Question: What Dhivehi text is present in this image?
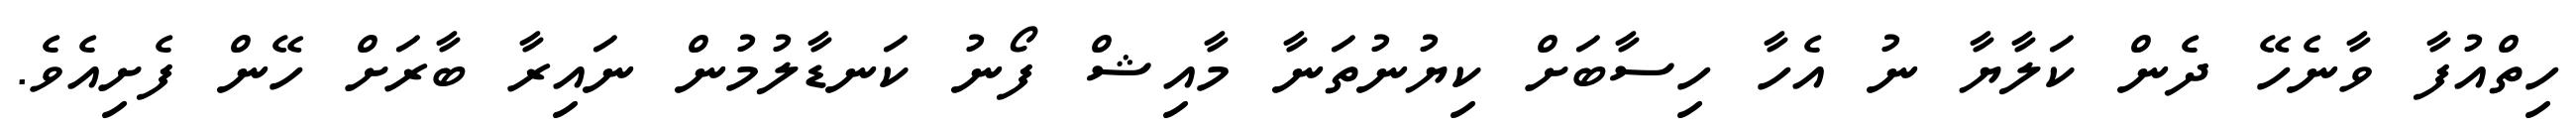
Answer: ހިތްއުފާ ވާނެހޭ ދެން ކަލާޔާ ނު އެހާ ހިސާބަށް ކިޔުނުތަނާ މާއިޝް ފޯނު ކަނޑާލުމުން ނައިރާ ބާރަށް ހޭން ފެށިއެވެ.